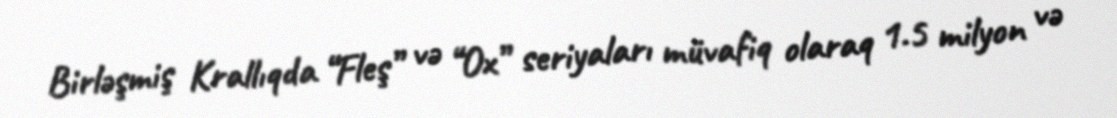
Birləşmiş Krallıqda “Fleş” və “Ox” seriyaları müvafiq olaraq 1.5 milyon və